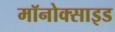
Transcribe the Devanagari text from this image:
मॉनोक्साइड